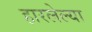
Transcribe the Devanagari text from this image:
हारलेल्या